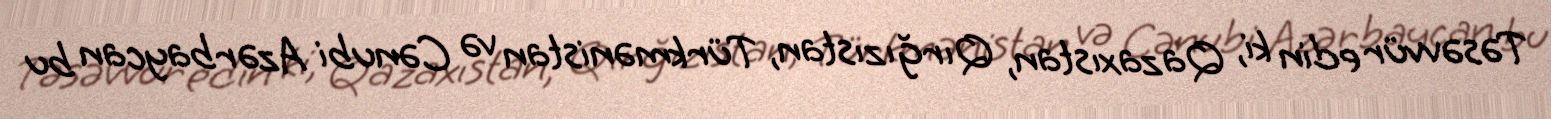
Təsəvvür edin ki, Qazaxıstan, Qırğızıstan, Türkmənistan və Cənubi Azərbaycan bu